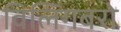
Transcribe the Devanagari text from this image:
विलिंगबरो